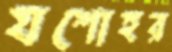
যশোহর